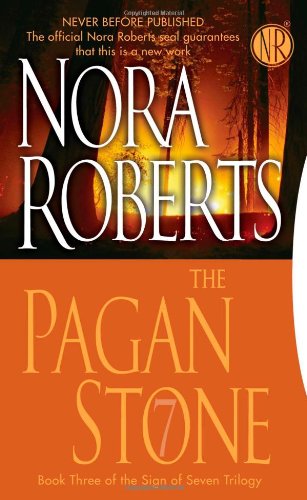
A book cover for The Pagan Stone (Sign of Seven, Book 3); Nora Roberts; Romance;